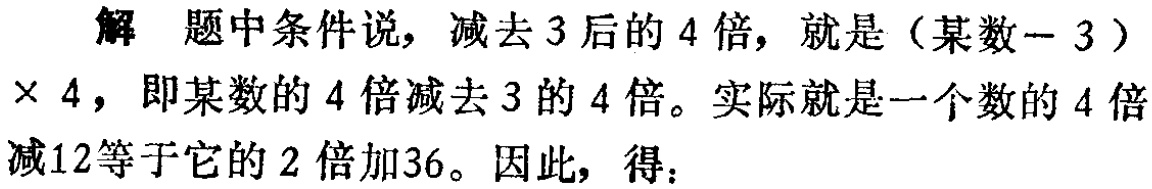
解 题中条件说，减去3后的4倍，就是（某数 - 3）× 4，即某数的4倍减去3的4倍。实际就是一个数的4倍减12等于它的2倍加36。因此，得：